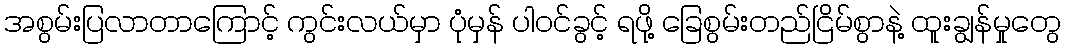
အစွမ်းပြလာတာကြောင့် ကွင်းလယ်မှာ ပုံမှန် ပါဝင်ခွင့် ရဖို့ ခြေစွမ်းတည်ငြိမ်စွာနဲ့ ထူးချွန်မှုတွေ